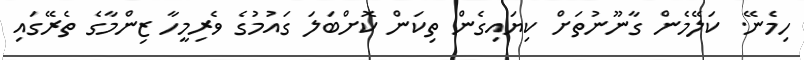
ހިމެނޭ. ކަލޭމެން ގާނޫނުތަށް ކިޔައިގެން ތިކަން ކޮށްބަލަ ގައުމުގެ ވެރިމީހާ ޒިންމާގެ ތެރޭގައި